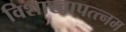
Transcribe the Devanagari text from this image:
विशाखापत्त्नम